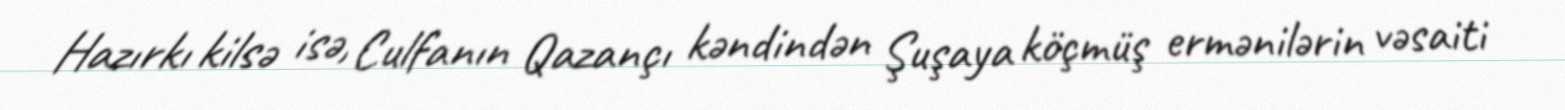
Hazırkı kilsə isə, Culfanın Qazançı kəndindən Şuşaya köçmüş ermənilərin vəsaiti